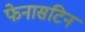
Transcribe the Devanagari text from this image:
फेनासटिन